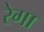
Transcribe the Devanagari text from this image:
रेगा